Indian journal of veterinary science and animal husbandry - Volume 9,
Year: 1939
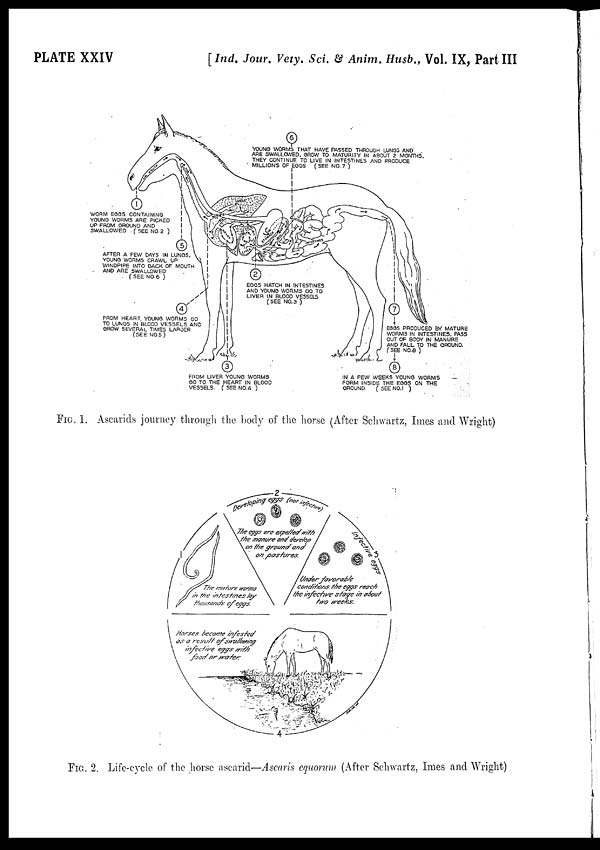
PLATE XXIV
[ Ind. Jour. Vety. Sci. & Anim. Husb., Vol. IX, Part III
FIG. 1. Ascarids journey through the body of the horse (After Schwartz, Imes and Wright)
FIG. 2. Life-cycle of the horse ascarid—Ascaris equorum (After Schwartz, Imes and Wright)